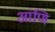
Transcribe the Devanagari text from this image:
आंणि